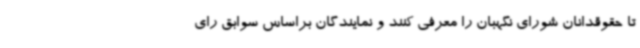
تا حقوقدانان شورای نگهبان را معرفی کنند و نمایندگان براساس سوابق رای